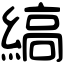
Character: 縞